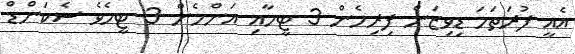
އެއީ ފުރަތަމަ ޑިވިޒަން ފިރިހެން 3 ޓީމާއި އަންހެން 3 ޓީމެވެ ސެކަންޑް